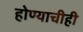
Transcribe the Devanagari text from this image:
होण्याचीही